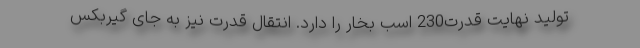
تولید نهایت قدرت230 اسب بخار را دارد. انتقال قدرت نیز به جای گیربکس